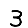
Digit: 3